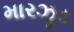
મારઝૂડ